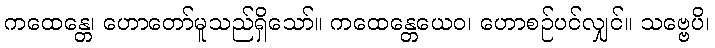
ကထေန္တေ၊ ဟောတော်မူသည်ရှိသော်။ ကထေန္တေယေဝ၊ ဟောစဉ်ပင်လျှင်။ သဗ္ဗေပိ၊